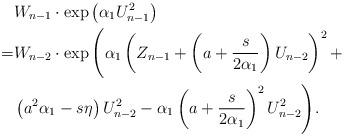
LaTeX: \begin{align*}& W_{n-1}\cdot \exp\left (\alpha_1 U_{n-1}^2\right ) \\= & W_{n-2}\cdot\exp\Bigg ( \alpha_1\left(Z_{n-1}+\left (a+ \frac{s}{ 2\alpha_1} \right )U_{n-2}\right)^2 + \\&\left (a^2\alpha_1 - s\eta\right )U_{n-2}^2 - \alpha_1\left(a+\frac{s}{2\alpha_1}\right)^2 U_{n-2}^2\Bigg).\end{align*}